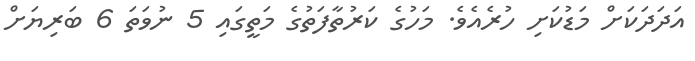
އަދަދަަކަށް މަޑުކަށި ހުރެއެވެ. މަހުގެ ކަރުތާފަތުގެ މަތީގައި 5 ނުވަތަ 6 ބަރިޔަށް